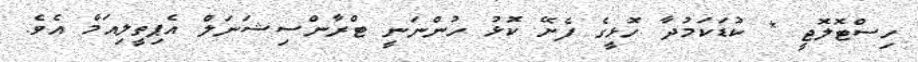
ހިސްޓޮލޮޖީ * ކުޑަކަމުދާ ހޮޅީގެ ފެށޭ ކޮޅު ހުންނަނީ ޓްރާންސިޝަނަލް އެޕިތީލިއަމް އެވެ.